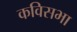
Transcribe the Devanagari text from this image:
कविसभा